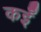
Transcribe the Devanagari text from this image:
कईँ